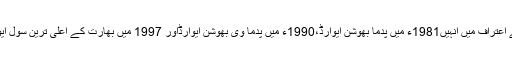
ڈاکٹر عبدالکلام کی خدمات کے اعتراف میں انہیں1981ء میں پدما بھوشن ایوارڈ،1990ء میں پدما وی بھوشن ایوارڈاور 1997 میں بھارت کے اعلیٰ ترین سول ایوارڈ بھارت رتنا سے نوازا گیا۔